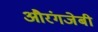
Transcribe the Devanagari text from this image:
औरंगजेबी